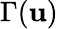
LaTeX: \Gamma(\mathbf{u})